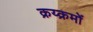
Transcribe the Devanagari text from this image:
क्रय्क्रमों